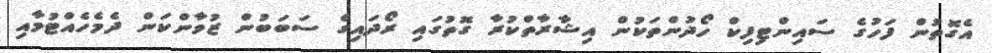
އެގޮތުން ފަހުގެ ސައިންޓިފިކް ހޯދުންތަކުން އިޝާރާތްކުރާ ގޮތުގައި ރޯދައިގެ ސަބަބުން ޒުވާންކަން ދެމެހެއްޓުމާއި